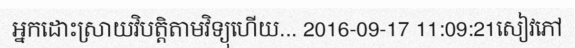
អ្នកដោះស្រាយវិបត្តិតាមវិទ្យុហើយ... 2016-09-17 11:09:21សៀវភៅ